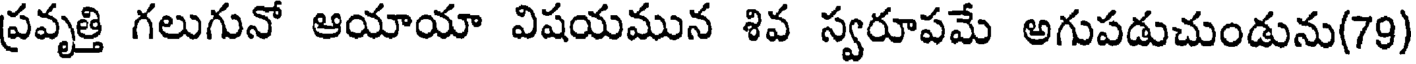
ప్రవృత్తి గలుగునో ఆయాయా విషయమున శివ స్వరూపమే అగుపడుచుండును(79)